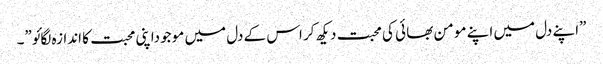
”اپنے دل میں اپنے مو من بھا ئی کی محبت دیکھ کر اس کے دل میں مو جوداپنی محبت کا اندازہ لگائو”۔